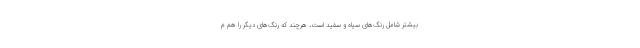
بیشتر شامل رنگ‌های سیاه و سفید است، هرچند که رنگ‌های دیگر را هم م